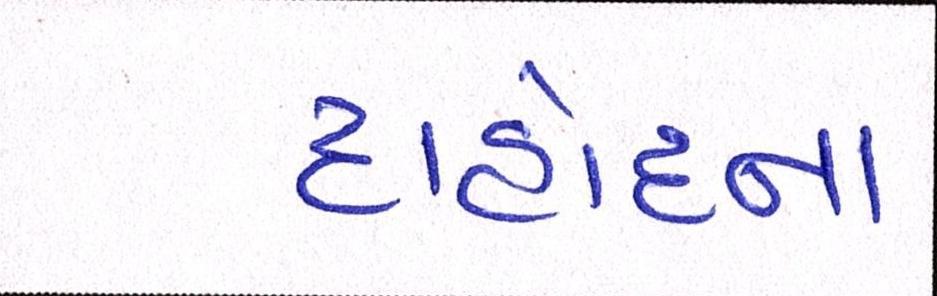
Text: દાહોદના